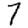
Digit: 7